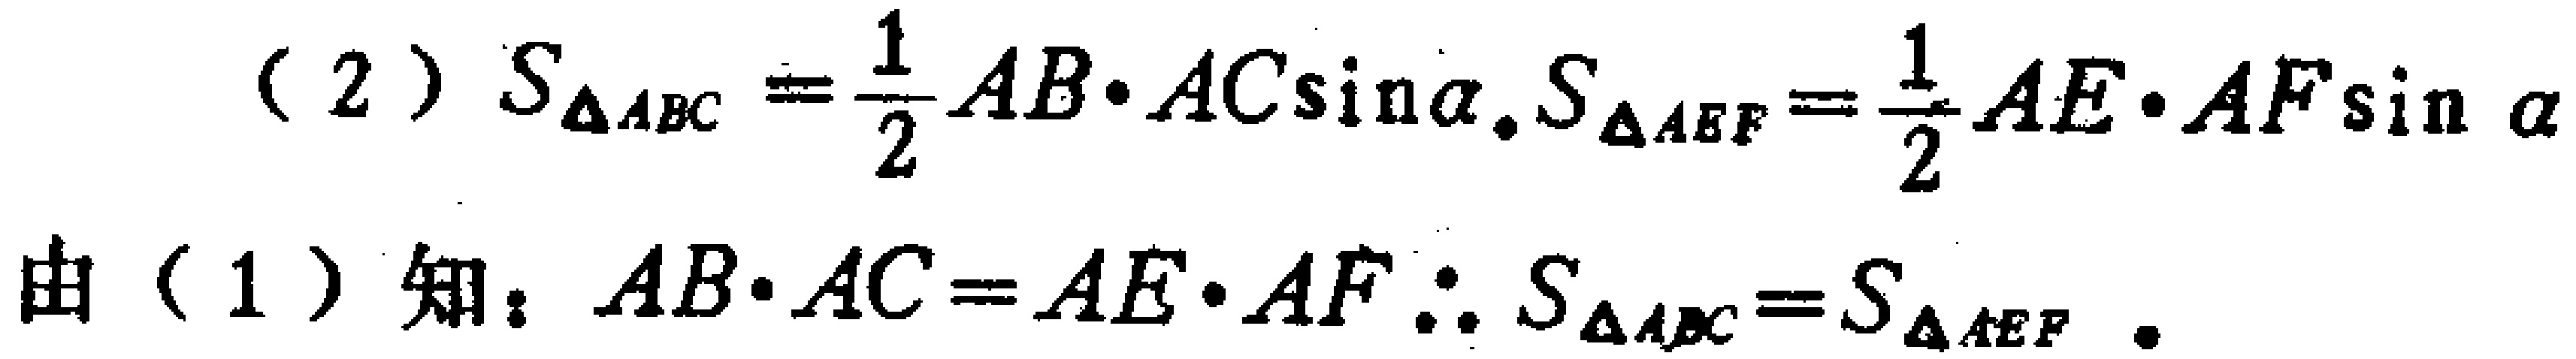
(2) \(S_{\triangle ABC}=\frac{1}{2}AB\cdot AC\sin\alpha,S_{\triangle AEF}=\frac{1}{2}AE\cdot AF\sin\alpha\)

由(1)知：\(AB\cdot AC = AE\cdot AF\therefore S_{\triangle ABC}=S_{\triangle AEF}\).